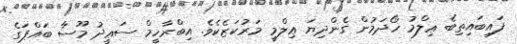
ފައިބައިތިބެ ޢިލްމު ހޯދަމުން ގެންދިޔަ ޢިލްމީ މަރުކަޒެކެވެ. އިބްރާހީމް ސަޢީދު މޫސާ ބައްޕަގެ